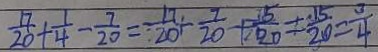
\frac { 1 7 } { 2 0 } + \frac { 1 } { 4 } - \frac { 7 } { 2 0 } = \frac { 1 7 } { 2 0 } + \frac { 7 } { 2 0 } + \frac { 5 } { 2 0 } = \frac { 1 5 } { 2 0 } = \frac { 3 } { 4 }